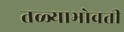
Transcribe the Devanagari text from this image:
तळ्याभोवती